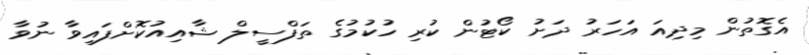
އެގޮތުން މިދިއަ އަހަރު ދަށު ކޯޓުން ކުރި ހުކުމުގެ ތަފްސީލް ޝާއިއުކޮށްފައިވާ ނުވާ